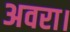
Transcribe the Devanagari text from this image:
अवरा।